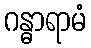
ဂန္ဓာရာမံ